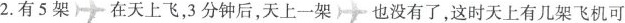
2.有5架在天上飞，3分钟后，天上一架也没有了，这时天上有几架飞机可